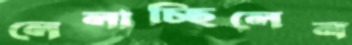
লেলাচ্ছিলেন